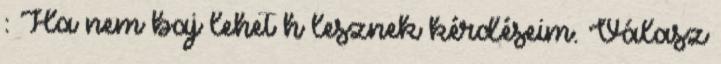
: Ha nem baj lehet h lesznek kérdéseim. Válasz